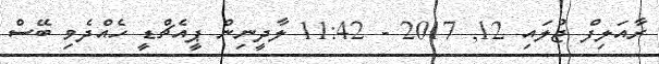
ރާއަލިފް ޖުލައި 12